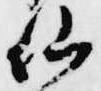
仙